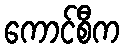
ကောင်စီက